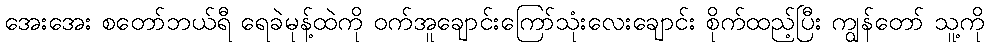
အေးအေး စတော်ဘယ်ရီ ရေခဲမုန့်ထဲကို ဝက်အူချောင်းကြော်သုံးလေးချောင်း စိုက်ထည့်ပြီး ကျွန်တော် သူ့ကို